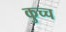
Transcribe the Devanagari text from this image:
कुच्च